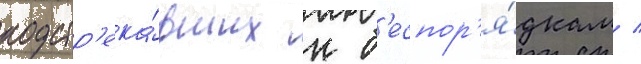
подстр'ека́вших к б'еспор'я́дкам /